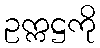
ဥက္ကဋ္ဌကို